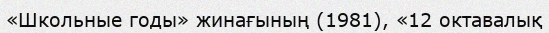
«Школьные годы» жинағының (1981), «12 октавалық